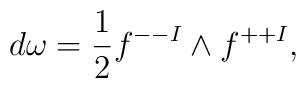
d \omega = {1\over 2} f^{--I} \wedge f^{++I},